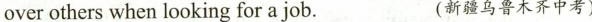
over others when looking for a job. (新疆乌鲁木齐中考)